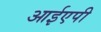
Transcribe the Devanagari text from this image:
आईएपी